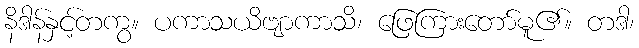
နိဒါန်နှင့်တကွ။ ပကာသယိဗျာကာသိ၊ ဖြေကြားတော်မူ၏။ တဒါ၊